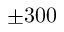
\pm 3 0 0